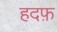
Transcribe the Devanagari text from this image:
हदफ़